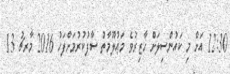
12:30 އަށް މި ކައުންސިލަށް ހާޒިރުވެ މަޢުލޫމާތު ސާފުކުރުމަށްފަހު 2016 މާރޗު 13